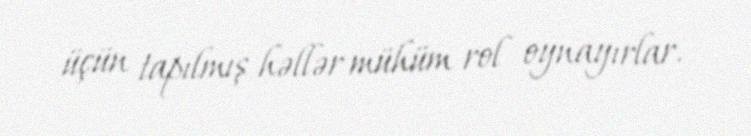
üçün tapılmış həllər mühüm rol oynayırlar.